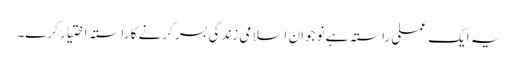
یہ ایک عملی راستہ ہے نوجوان اسلامی زندگی بسر کرنے کا راستہ اختیار کرے۔